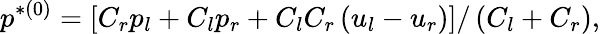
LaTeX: p^{*(0)}=\left[C_{r}p_{l}+C_{l}p_{r}+C_{l}C_{r}\left(u_{l}-u_{r}\right)\right]/\left(C_{l}+C_{r}\right),